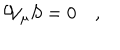
{ \cal W } _ { \mu } S = 0 \quad ,